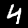
Digit: 4